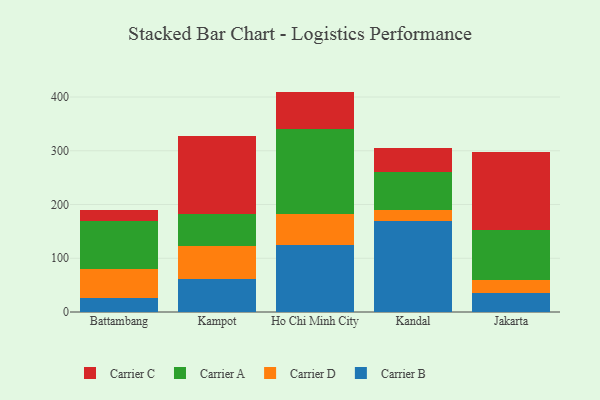
{"axis": {"x": "City", "y": "Operating Costs (USD K)"}, "legend": ["Carrier A", "Carrier B", "Carrier C", "Carrier D"], "data": [{"x": "Battambang", "y": 26.6, "type": "Carrier B"}, {"x": "Battambang", "y": 53.2, "type": "Carrier D"}, {"x": "Battambang", "y": 89.7, "type": "Carrier A"}, {"x": "Battambang", "y": 19.6, "type": "Carrier C"}, {"x": "Kampot", "y": 61.8, "type": "Carrier B"}, {"x": "Kampot", "y": 61.6, "type": "Carrier D"}, {"x": "Kampot", "y": 58.5, "type": "Carrier A"}, {"x": "Kampot", "y": 145.5, "type": "Carrier C"}, {"x": "Ho Chi Minh City", "y": 125.4, "type": "Carrier B"}, {"x": "Ho Chi Minh City", "y": 56.8, "type": "Carrier D"}, {"x": "Ho Chi Minh City", "y": 157.5, "type": "Carrier A"}, {"x": "Ho Chi Minh City", "y": 70.4, "type": "Carrier C"}, {"x": "Kandal", "y": 169.9, "type": "Carrier B"}, {"x": "Kandal", "y": 19.6, "type": "Carrier D"}, {"x": "Kandal", "y": 70.6, "type": "Carrier A"}, {"x": "Kandal", "y": 45.9, "type": "Carrier C"}, {"x": "Jakarta", "y": 35.0, "type": "Carrier B"}, {"x": "Jakarta", "y": 24.1, "type": "Carrier D"}, {"x": "Jakarta", "y": 93.0, "type": "Carrier A"}, {"x": "Jakarta", "y": 146.4, "type": "Carrier C"}]}